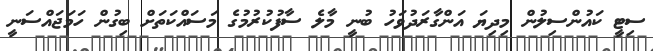
ސިޓީ ކައުންސިލުން މިދިޔަ އަންގާރަދުވަހު ބުނީ މާލެ ސާފުކުރުމުގެ މަސައްކަތަށް ބިގުން ހަމަޖައްސަނީ